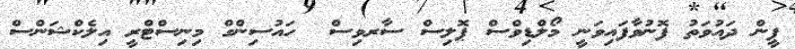
ޕީން ދައުވަތު ފޮނުވާފައިވަނީ މޯލްޑިވްސް ޕޮލިސް ސާރވިސް  ހައުސިންގް މިނިސްޓްރީ އިލެކްޝަންސް